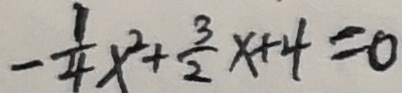
- \frac { 1 } { 4 } x ^ { 2 } + \frac { 3 } { 2 } x + 4 = 0